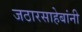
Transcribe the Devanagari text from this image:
जठारसाहेबांनी